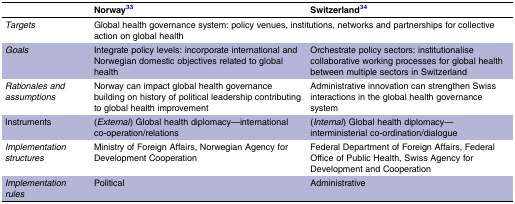
<table><thead><tr><td></td><td><b>Norway33</b></td><td><b>Switzerland34</b></td></tr></thead><tbody><tr><td><i>Targets</i></td><td colspan="2">Global health governance system: policy venues, institutions, networks and partnerships for collective action on global health</td></tr><tr><td><i>Goals</i></td><td>Integrate policy levels: incorporate international and Norwegian domestic objectives related to global health</td><td>Orchestrate policy sectors: institutionalise collaborative working processes for global health between multiple sectors in Switzerland</td></tr><tr><td><i>Rationales and assumptions</i></td><td>Norway can impact global health governance building on history of political leadership contributing to global health improvement</td><td>Administrative innovation can strengthen Swiss interactions in the global health governance system</td></tr><tr><td>Instruments</td><td>(<i>External</i>) Global health diplomacy—international co-operation/relations</td><td>(<i>Internal</i>) Global health diplomacy—interministerial co-ordination/dialogue</td></tr><tr><td><i>Implementation structures</i></td><td>Ministry of Foreign Affairs, Norwegian Agency for Development Cooperation</td><td>Federal Department of Foreign Affairs, Federal Office of Public Health, Swiss Agency for Development and Cooperation</td></tr><tr><td><i>Implementation rules</i></td><td>Political</td><td>Administrative</td></tr></tbody></table>